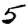
Digit: 5